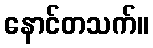
နောင်တသက်။